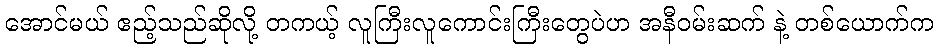
အောင်မယ် ဧည့်သည်ဆိုလို့ တကယ့် လူကြီးလူကောင်းကြီးတွေပဲဟ အနီဝမ်းဆက် နဲ့ တစ်ယောက်က